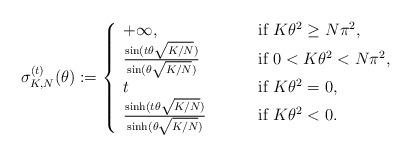
LaTeX: \begin{align*}\sigma^{(t)}_{K,N}(\theta):=\left\{\begin{array}{ll}+\infty,&\qquad\textrm{ if }K\theta^2\geq N\pi^2,\\\frac{\sin(t\theta\sqrt{K/N})}{\sin(\theta\sqrt{K/N})}&\qquad\textrm{ if }0<K\theta^2 <N\pi^2,\\t&\qquad\textrm{ if }K\theta^2=0,\\\frac{\sinh(t\theta\sqrt{K/N})}{\sinh(\theta\sqrt{K/N})}&\qquad\textrm{ if }K\theta^2 <0.\end{array}\right.\end{align*}